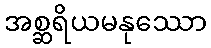
အစ္ဆရိယမနုဿော